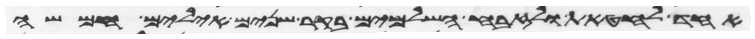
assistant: אחד לחטאת ולזבח השלמים בקר שנים אילים חמשה